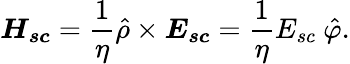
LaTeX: \boldsymbol{H_{sc}}=\frac{1}{\eta}\hat{\rho}\times\boldsymbol{E_{sc}}=\frac{1}{\eta}E_{sc}\ \hat{\varphi}.